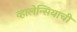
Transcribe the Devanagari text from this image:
व्हालेन्सियाची